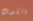
الكذب